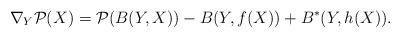
\begin{align*}\nabla_Y \mathcal{P}(X) =\mathcal{P}(B(Y,X)) - B(Y,f(X)) + B^*(Y,h(X)).\end{align*}